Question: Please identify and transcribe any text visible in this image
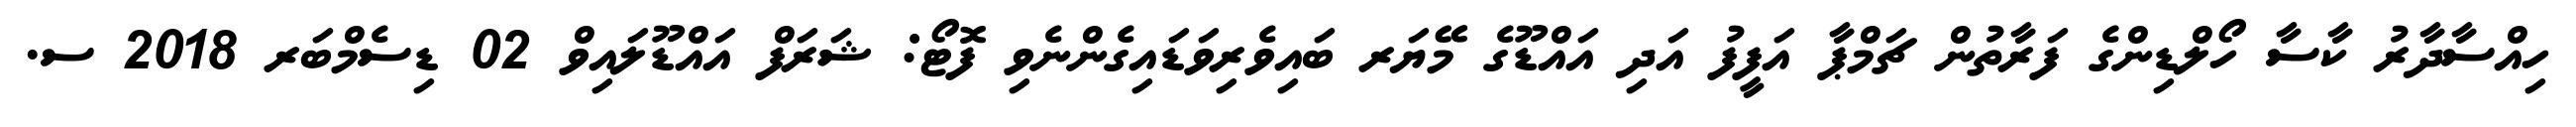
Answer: ހިއްސާދާރު ކާސާ ހޯލްޑިންގެ ފަރާތުން ޗަމްޕާ އަފީފު އަދި އައްޑޫގެ މޭޔަރ ބައިވެރިވަޑައިގެންނެވި ފޮޓޯ: ޝަރަފް އައްޑޫލައިވް 02 ޑިސެމްބަރ 2018 ސ.